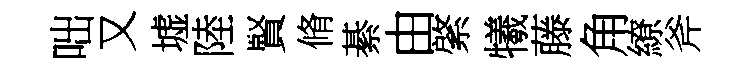
咄又墟陸賢脩綦由綮犧藤角繚斧